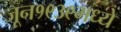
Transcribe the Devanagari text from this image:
जून१९३९मध्ये